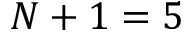
N + 1 = 5